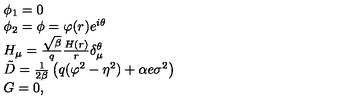
\begin{array} { l l } { \phi _ { 1 } = 0 } \\ { \phi _ { 2 } = \phi = \varphi ( r ) e ^ { i \theta } } \\ { H _ { \mu } = \frac { \sqrt { \beta } } { q } \frac { H ( r ) } { r } \delta _ { \mu } ^ { \theta } } \\ { \tilde { D } = \frac { 1 } { 2 \beta } \left( q ( \varphi ^ { 2 } - \eta ^ { 2 } ) + \alpha e \sigma ^ { 2 } \right) } \\ { G = 0 , } \\ \end{array}